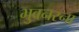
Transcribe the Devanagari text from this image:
भुवनस्ना